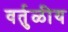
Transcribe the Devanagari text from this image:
वर्तुळीय